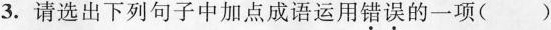
3.请选出下列句子中加点成语运用\underset{·}{错}\underset{·}{误}的一项()